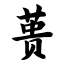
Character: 蒉